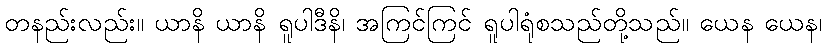
တနည်းလည်း။ ယာနိ ယာနိ ရူပါဒီနိ၊ အကြင်ကြင် ရူပါရုံစသည်တို့သည်။ ယေန ယေန၊